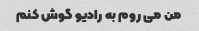
من می روم به رادیو گوش کنم